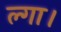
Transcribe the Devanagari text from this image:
ल्गा।